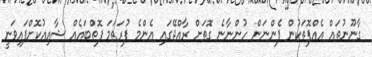
ގާނޫނުތައް އެއްފޮތަކުން ފެންނަން ހުންނާނެ ގޮތަށް ރާއްޖޭގައި އެންމެ ފުރަތަމަ ފޮތްބައެއް ޝާއިއުކޮށްފައިވަނީ